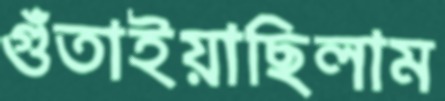
গুঁতাইয়াছিলাম